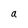
Character: a